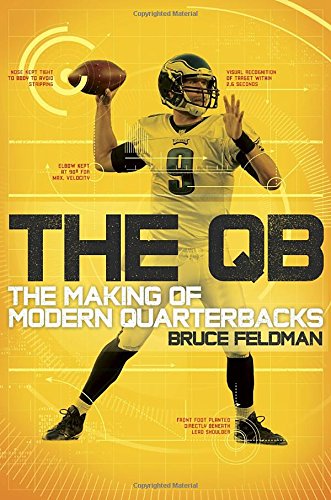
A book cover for The QB: The Making of Modern Quarterbacks; Bruce Feldman; Biographies & Memoirs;